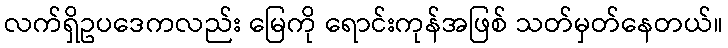
လက်ရှိဥပဒေကလည်း မြေကို ရောင်းကုန်အဖြစ် သတ်မှတ်နေတယ်။